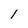
Character: I